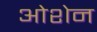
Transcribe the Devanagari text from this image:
ओशेन